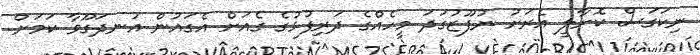
ނިކަގަސް ކޮށާލީ އެރަށު ނުފޫޒުގަދަ މީހެއްގެ ދަރިފުޅުގެ ގެއަށް އެގައުން އުނދަގޫވާ ކަމަށް